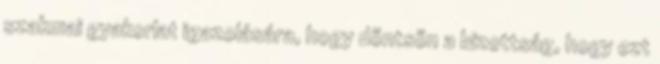
szakmai gyakorlat igazolására, hogy döntsön a bizottság, hogy ezt